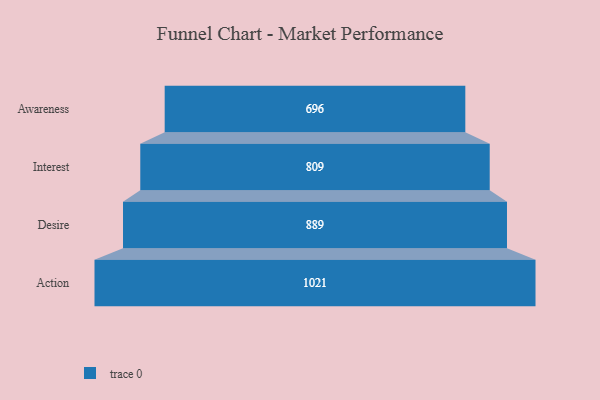
{"axis": {"x": "Stage", "y": "Value"}, "legend": [""], "data": [{"x": "Awareness", "y": 696.0, "type": ""}, {"x": "Interest", "y": 809.0, "type": ""}, {"x": "Desire", "y": 889.0, "type": ""}, {"x": "Action", "y": 1021.0, "type": ""}]}